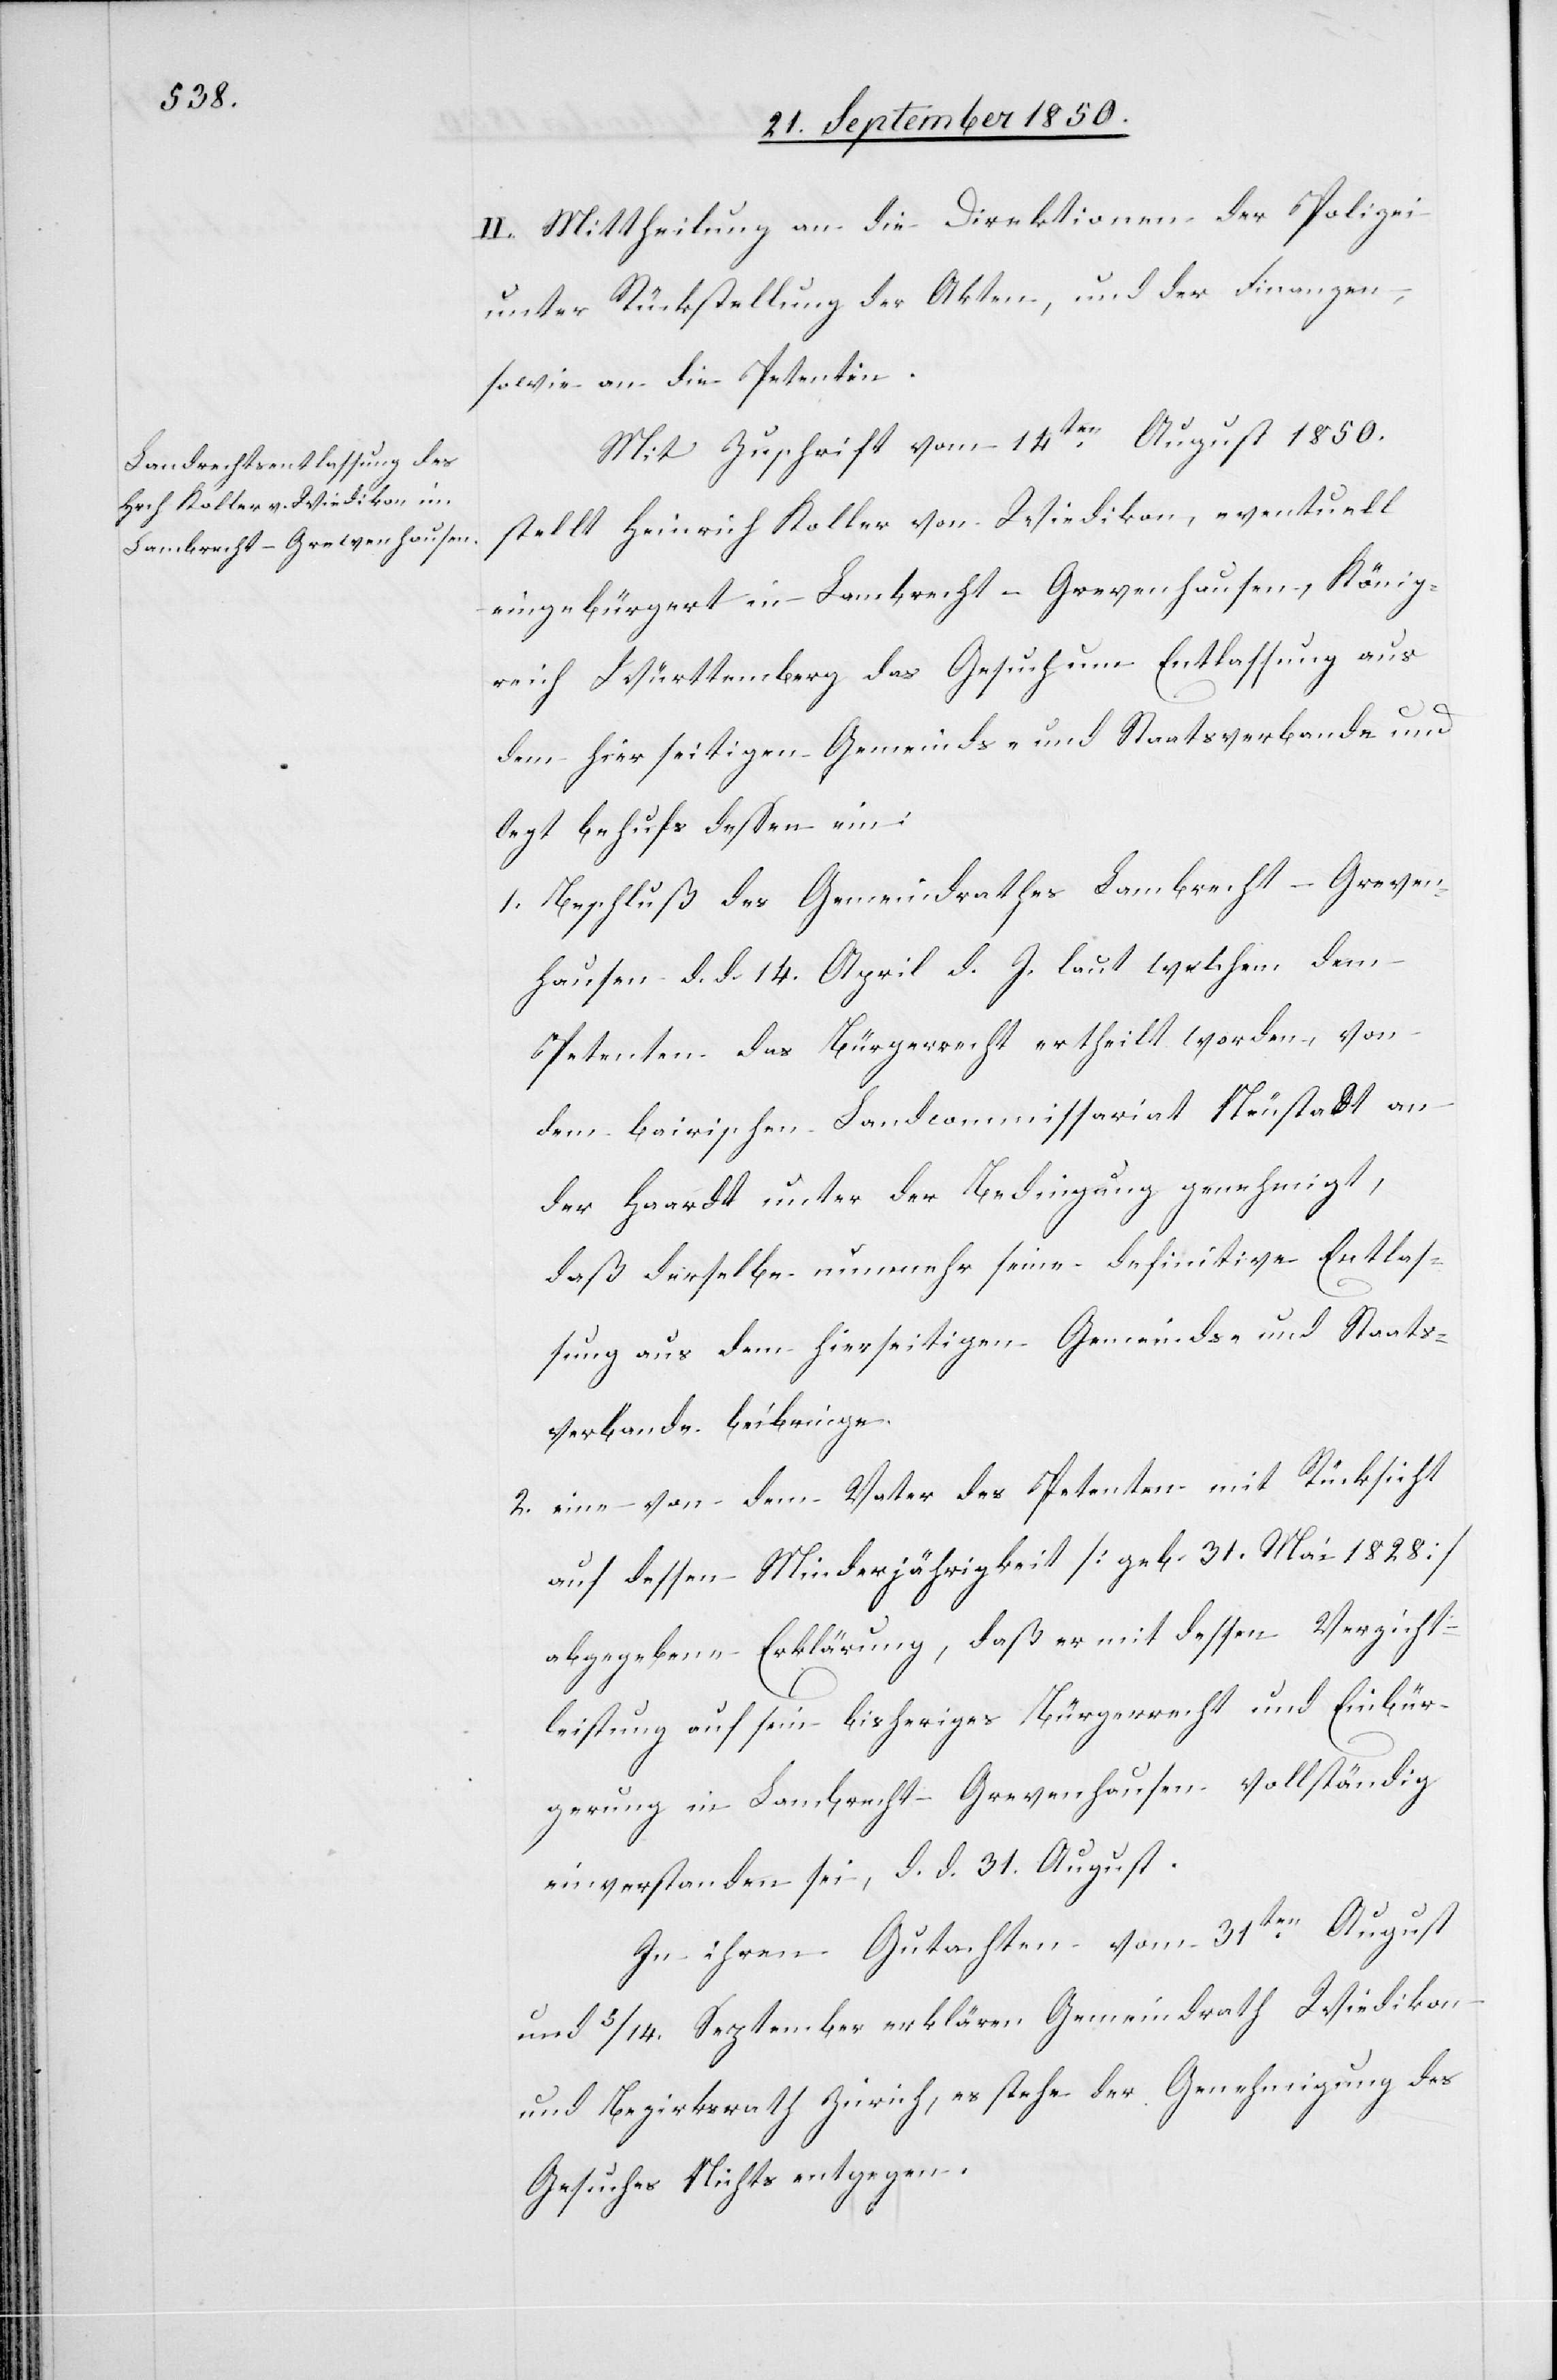
II. Mittheilung an die Direktionen der Polizei
unter Rückstellung der Akten, und der Finanzen,
sowie an die Petentin.
Mit Zuschrift vom 14ten August 1850.
stellt Heinrich Koller von Wiedikon, eventuell
eingebürgert in Lambrecht-Grevenhausen, König¬
reich Württemberg das Gesuch um Entlassung aus
dem hier seitigen Gemeinds- und Staatsverbande und
legt behufs dessen ein:
1. Beschluß des Gemeindrathes Lambrecht-Greven¬
hausen d. d. 14. April l. J. laut welchem dem
Petenten das Bürgerrecht ertheilt worden, von
dem bairischen Landcommissariat Neustadt an
der Haardt unter der Bedingung genehmigt,
daß derselbe nunmehr seine definitive Entlas¬
sung aus dem hierseitigen Gemeinds- und Staats¬
verbande beibringe.
2. eine von dem Vater des Petenten mit Rücksicht
auf dessen Minderjährigkeit [geb. 31. Mai 1828]
abgegebene Erklärung, daß er mit dessen Verzicht¬
leistung auf sein bisheriges Bürgerrecht und Einbür¬
gerung in Lambrecht-Grevenhausen vollständig
einverstanden sei, d. d. 31. August.
In ihren Gutachten vom 31ten August
und 3/14. September erklären Gemeindrath Wiedikon
und Bezirksrath Zürich, es stehe der Genehmigung des
Gesuches Nichts entgegen.